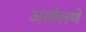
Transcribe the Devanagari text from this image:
असोलणें